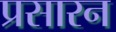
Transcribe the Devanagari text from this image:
प्रसारन